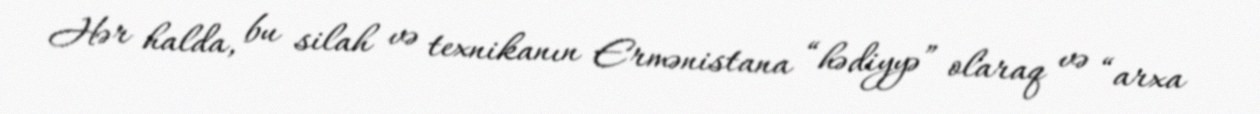
Hər halda, bu silah və texnikanın Ermənistana “hədiyyə” olaraq və “arxa